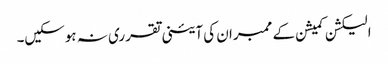
الیکشن کمیشن کے ممبران کی آئینی تقرری نہ ہوسکیں۔